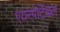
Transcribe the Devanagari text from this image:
एयरपोर्टेबल